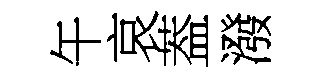
午哀葢潑